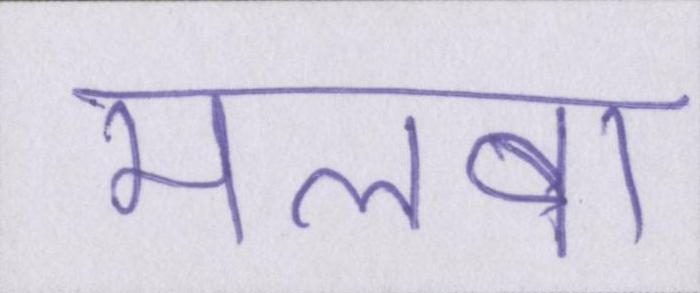
मलबा